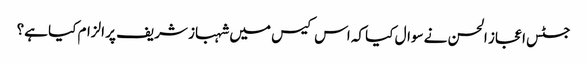
جسٹس اعجاز الحسن نے سوال کیا کہ اس کیس میں شہباز شریف پر الزام کیا ہے؟